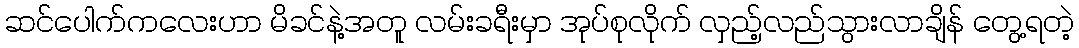
ဆင်ပေါက်ကလေးဟာ မိခင်နဲ့အတူ လမ်းခရီးမှာ အုပ်စုလိုက် လှည့်လည်သွားလာချိန် တွေ့ရတဲ့